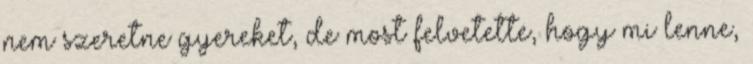
nem szeretne gyereket, de most felvetette, hogy mi lenne,